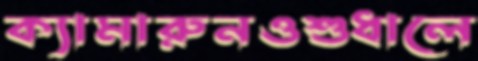
ক্যামারুনওশুধালে